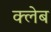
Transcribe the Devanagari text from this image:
क्लेब